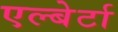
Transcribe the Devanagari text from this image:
एल्बेर्टा